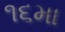
૧૬મા